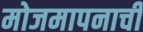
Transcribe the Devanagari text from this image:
मोजमापनाची